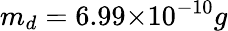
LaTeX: m_{d}=6.99{\times}10^{-10}g